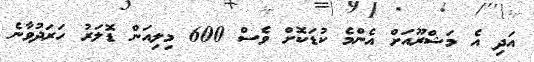
އަދި އެ މަޝްރޫއަށް އެންމެ ކުޑަކޮށް ވެސް 600 މިލިއަން ޑޮލަރު ހަރަދުވާނެ